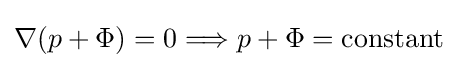
\nabla (p+\Phi )=0\Longrightarrow p+\Phi ={\text{constant}}